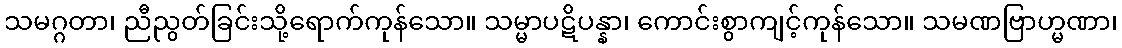
သမဂ္ဂတာ၊ ညီညွတ်ခြင်းသို့ရောက်ကုန်သော။ သမ္မာပဋိပန္နာ၊ ကောင်းစွာကျင့်ကုန်သော။ သမဏဗြာဟ္မဏာ၊